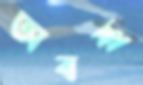
অবস্থ